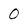
Character: 0